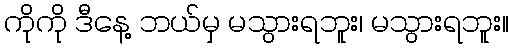
ကိုကို ဒီနေ့ ဘယ်မှ မသွားရဘူး၊ မသွားရဘူး။